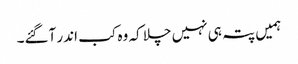
ہمیں پتہ ہی نہیں چلا کہ وہ کب اندر آگئے۔